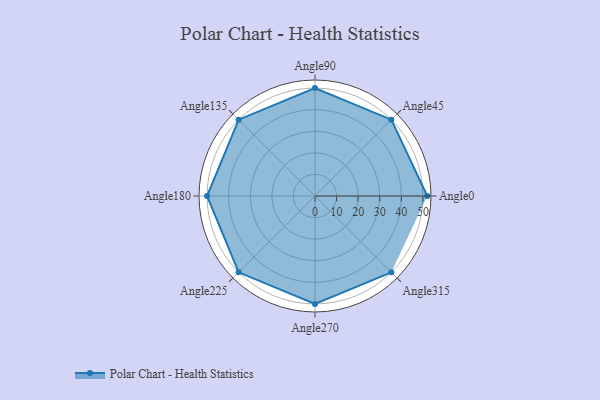
{"axis": {"x": "Angle", "y": "Radius"}, "legend": [""], "data": [{"x": "Angle0", "y": 52.0, "type": ""}, {"x": "Angle45", "y": 50, "type": ""}, {"x": "Angle90", "y": 50, "type": ""}, {"x": "Angle135", "y": 50, "type": ""}, {"x": "Angle180", "y": 50, "type": ""}, {"x": "Angle225", "y": 50, "type": ""}, {"x": "Angle270", "y": 50, "type": ""}, {"x": "Angle315", "y": 50, "type": ""}]}